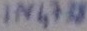
Text: IN4738